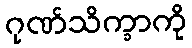
ဂုဏ်သိက္ခာကို